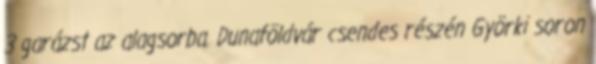
3 garázst az alagsorba. Dunaföldvár csendes részén Györki soron